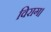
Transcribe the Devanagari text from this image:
विराग।